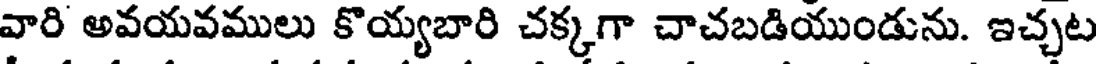
వారి అవయవములు కొయ్యబారి చక్కగా చాచబడియుండును. ఇచ్చట